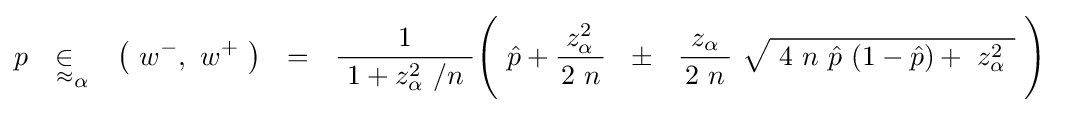
p\quad {\underset {\approx }{\in }}_{\alpha }\quad {\bigl (}\ w^{-},\ w^{+}\ {\bigr )}~~=~~{\frac {1}{~1+z_{\alpha }^{2}\ /n~}}{\Bigg (}\ {\hat {p}}+{\frac {\;z_{\alpha }^{2}\ }{2\ n}}~~\pm ~~{\frac {\!\ z_{\alpha }\!\ }{\!\ 2\ n\!\ }}\ {\sqrt {\ 4\ n\ {\hat {p}}\ (1-{\hat {p}})+\ z_{\alpha }^{2}~}}~{\Biggr )}\